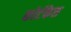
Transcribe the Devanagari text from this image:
कोर्टकेस